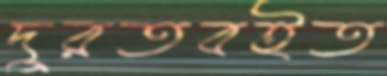
দুরতবইত